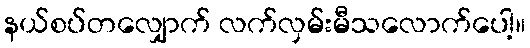
နယ်စပ်တလျှောက် လက်လှမ်းမီသလောက်ပေါ့။